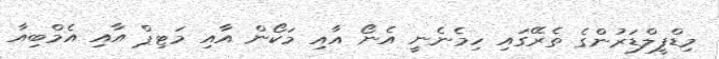
މިޑްފީލްޑަރުންގެ ތެރޭގައި ހިމެނެނީ އެނޯ އާއި މަކޯން އާއި މަޓިޕް އާއި އެމްބިއާ